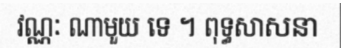
វណ្ណៈ ណាមួយ ទេ ។ ពុទ្ធសាសនា